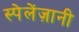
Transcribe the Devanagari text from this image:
स्पेलेंज़ानी